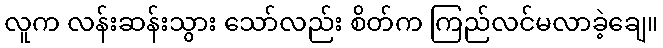
လူက လန်းဆန်းသွား သော်လည်း စိတ်က ကြည်လင်မလာခဲ့ချေ။